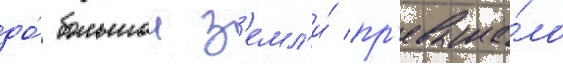
до́ большои з'емл'и́ пр'евыша́ло